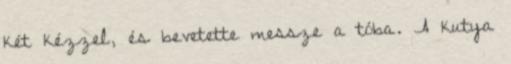
két kézzel, és bevetette messze a tóba. A kutya